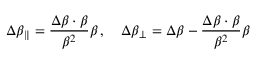
\Delta { \boldsymbol { \beta } } _ { \parallel } = { \frac { \Delta { \boldsymbol { \beta } } \cdot { \boldsymbol { \beta } } } { \beta ^ { 2 } } } { \boldsymbol { \beta } } \, , \quad \Delta { \boldsymbol { \beta } } _ { \perp } = \Delta { \boldsymbol { \beta } } - { \frac { \Delta { \boldsymbol { \beta } } \cdot { \boldsymbol { \beta } } } { \beta ^ { 2 } } } { \boldsymbol { \beta } }